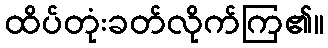
ထိပ်တုံးခတ်လိုက်ကြ၏။